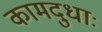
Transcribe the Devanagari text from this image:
कामदुधाः